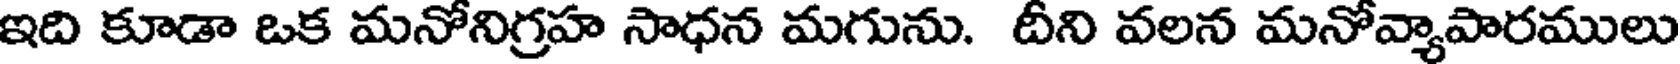
ఇది కూడా ఒక మనోనిగ్రహ సాధన మగును. దీని వలన మనోవ్యాపారములు